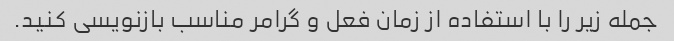
جمله زیر را با استفاده از زمان فعل و گرامر مناسب بازنویسی کنید.